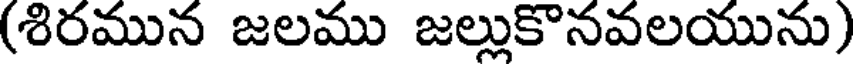
(శిరమున జలము జల్లుకొనవలయును)